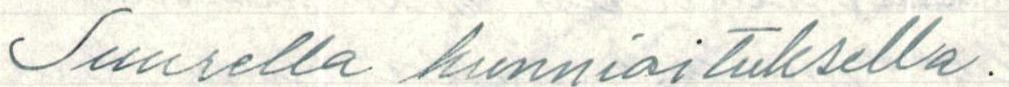
Suurella kunnioituksella.